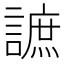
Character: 謶